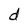
Character: d